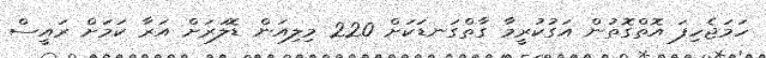
ހަމަޖެހިފަ އޮތްގޮތުން އަގުކުރީމާ ގާތްގަނޑަކަށް 220 މިލިއަން ޑޮލަރަށް އަރާ ކަމަށް ރައީސް